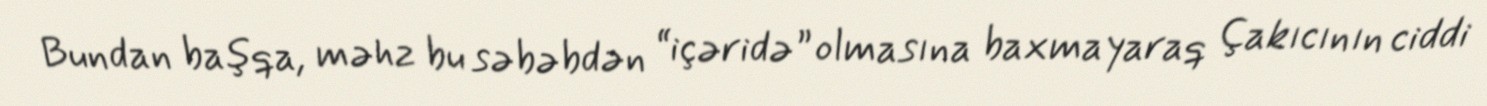
Bundan başqa, məhz bu səbəbdən “içəridə” olmasına baxmayaraq Çakıcının ciddi